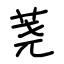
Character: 荛